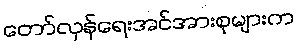
တော်လှန်ရေးအင်အားစုများက